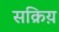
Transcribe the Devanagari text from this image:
सक्रिय़